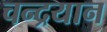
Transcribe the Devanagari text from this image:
चन्‍द्रयान